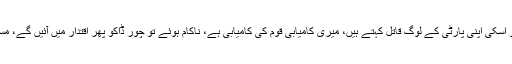
ان کا کہنا تھا کہ رانا ثناءاللہ کو اسکی اپنی پارٹی کے لوگ قاتل کہتے ہیں، میری کامیابی قوم کی کامیابی ہے، ناکام ہوئے تو چور ڈاکو پھر اقتدار میں آئیں گے، مسائل راتوں رات حل نہیں ہوتے۔